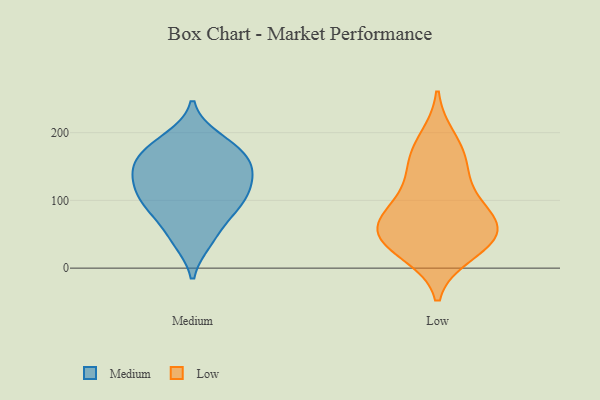
{"axis": {"x": "Page Views", "y": "Value"}, "legend": ["Low", "Medium"], "data": [{"x": "", "y": 113, "type": "Medium"}, {"x": "", "y": 191, "type": "Medium"}, {"x": "", "y": 161, "type": "Medium"}, {"x": "", "y": 137, "type": "Medium"}, {"x": "", "y": 94, "type": "Medium"}, {"x": "", "y": 43, "type": "Medium"}, {"x": "", "y": 114, "type": "Medium"}, {"x": "", "y": 100, "type": "Medium"}, {"x": "", "y": 128, "type": "Medium"}, {"x": "", "y": 40, "type": "Medium"}, {"x": "", "y": 183, "type": "Medium"}, {"x": "", "y": 179, "type": "Medium"}, {"x": "", "y": 76, "type": "Medium"}, {"x": "", "y": 88, "type": "Medium"}, {"x": "", "y": 152, "type": "Medium"}, {"x": "", "y": 147, "type": "Medium"}, {"x": "", "y": 157, "type": "Medium"}, {"x": "", "y": 158, "type": "Low"}, {"x": "", "y": 113, "type": "Low"}, {"x": "", "y": 61, "type": "Low"}, {"x": "", "y": 157, "type": "Low"}, {"x": "", "y": 42, "type": "Low"}, {"x": "", "y": 33, "type": "Low"}, {"x": "", "y": 61, "type": "Low"}, {"x": "", "y": 23, "type": "Low"}, {"x": "", "y": 190, "type": "Low"}, {"x": "", "y": 53, "type": "Low"}, {"x": "", "y": 95, "type": "Low"}, {"x": "", "y": 72, "type": "Low"}]}